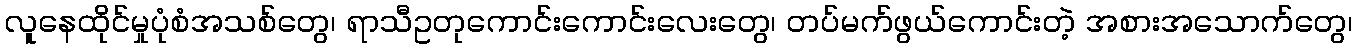
လူနေထိုင်မှုပုံစံအသစ်တွေ၊ ရာသီဥတုကောင်းကောင်းလေးတွေ၊ တပ်မက်ဖွယ်ကောင်းတဲ့ အစားအသောက်တွေ၊